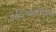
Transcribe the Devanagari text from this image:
केतिरुवनंतपुरम